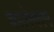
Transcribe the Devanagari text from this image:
कालेश्वरम